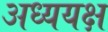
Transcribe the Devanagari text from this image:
अध्ययक्ष